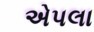
એપલા